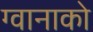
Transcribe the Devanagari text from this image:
ग्वानाको